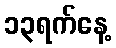
၁၃ရက်နေ့